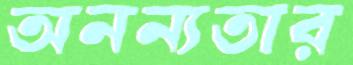
অনন্যতার